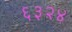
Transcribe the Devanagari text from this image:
६३२४